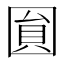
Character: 圎